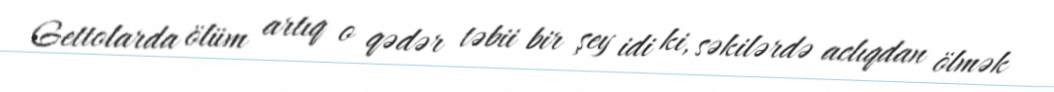
Gettolarda ölüm artıq o qədər təbii bir şey idi ki, səkilərdə aclıqdan ölmək